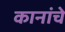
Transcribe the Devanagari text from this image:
कानांचे